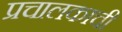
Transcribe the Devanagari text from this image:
प्रचालकाची